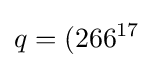
q=(266^{17}